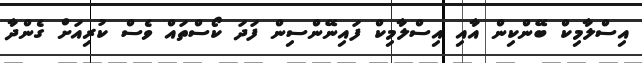
އިސްލާމިކް ބޭންކިން އާއި އިސްލާމިކް ފައިނޭންސިން ފަދަ ކޯސްތައް ވެސް ކުރިއަށް ގެންދާ